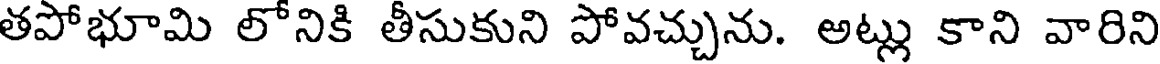
తపోభూమి లోనికి తీసుకుని పోవచ్చును. అట్లు కాని వారిని